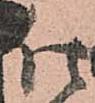
仕